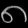
Digit: ၈